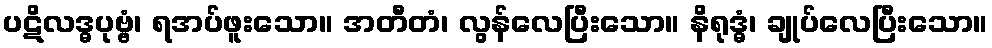
ပဋိလဒ္ဓပုဗ္ဗံ၊ ရအပ်ဖူးသော။ အတီတံ၊ လွန်လေပြီးသော။ နိရုဒ္ဓံ၊ ချုပ်လေပြီးသော။